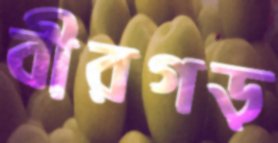
বীরগড়